system: You are a helpful assistant.
user:
Analyze the provided spectrum to determine if it is a **M-type Giant (gM)**.

A M-type Giant spectrum is defined by its **strong molecular absorption** features, particularly from **Titanium Oxide (TiO)**. You must check for one of the following mutually exclusive signatures:

- **Key Visual Indicators (Absorption-Dominated Spectrum):**

    - **(Primary):** The spectrum is dominated by strong molecular absorption from **Titanium Oxide (TiO)**. This is the **defining feature** of its M-type temperature class.
        - **(Key Bandheads):** Look for sharp, "saw-tooth" absorption valleys. The strongest are located near **~7050 Å**, **~6160 Å**, and **~5170 Å**.
        - **(Line Profile):** The "saw-tooth" morphology is critical: a **sharp, steep drop on the BLUE (short-wavelength) side** of the bandhead, followed by a gradual recovery (rising flux) towards the RED (long-wavelength) side.

    - **(Key Confirmation - Giant vs. Dwarf):** **ABSENCE** of strong **Calcium Hydride (CaH)** molecular bands. This is the primary diagnostic for *excluding* M-dwarfs.
        - **(Key Region):** The spectrum should lack the strong, broad absorption band seen in dwarfs between **~6800 Å and ~7000 Å**.

    - **(Secondary Confirmation - Giant):** A very strong and broad **Neutral Calcium (Ca I)** atomic absorption line.
        - **(Key Line):** Located at **~4226 Å**. In a giant (gM), this line is significantly deeper and broader than the same line in an M-dwarf (dM) due to low surface gravity.

    - **(Overall Spectrum):**
        - The continuum is **extremely red-sloping** (i.e., flux is very low in the blue and rises dramatically towards the red).
        - The entire spectrum appears "chopped up" by the deep TiO bands.

Think first, call **spectral_visualization_tool** if needed to examine features in detail, then provide your final answer. Your response must adhere to the following strict rules:
1.  **Overall Structure:** Your response must follow the format `<think>...</think> <tool_call>...</tool_call> (if a tool is used) <answer>...</answer>`.
2.  **Tool Usage Constraint:** You may only make **one** tool call per turn.
3.  **Final Answer Format:** In the `<answer>` tag, your conclusion must be inside a `\boxed{}` command (e.g., `\boxed{YES}` or `\boxed{NO}`), followed by your justification.

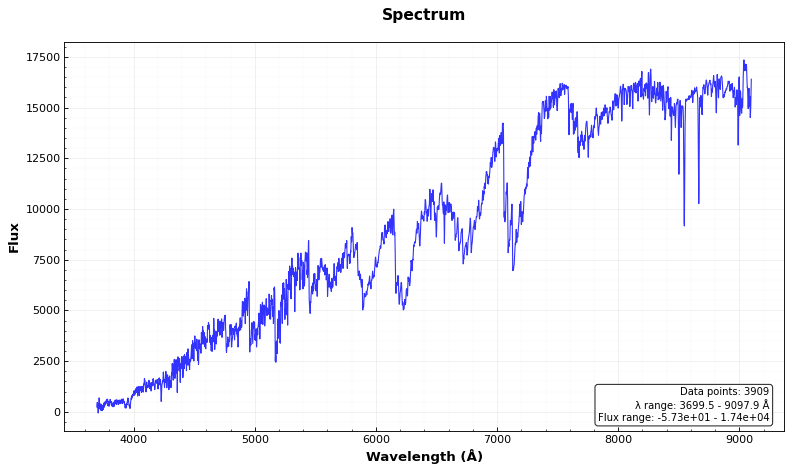
Answer: YES